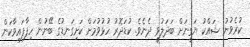
ކުރެވުނު ޝައްކު ޔަގީނަށް ބަދަލުވީ ދެނެވެ. ކުޑަދޮރު ހުޅުވުމަށް ކަށިގަނޑުގެ ބޭނުން ހިފާފައިވާކަން